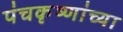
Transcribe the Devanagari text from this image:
पंचकृष्णांच्या